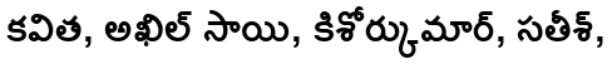
కవిత, అఖిల్ సాయి, కిశోర్కుమార్, సతీశ్,